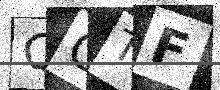
Text: QGTF